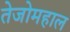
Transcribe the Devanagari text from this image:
तेजोमहाल